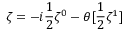
\zeta = - i \frac { 1 } { 2 } \zeta ^ { 0 } - \theta [ \frac { 1 } { 2 } \zeta ^ { 1 } ]